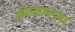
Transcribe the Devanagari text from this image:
कोलामच्या